Annual report on the Civil Veterinary Department, Burma (including the Insein Veterinary School) - 1932-1941
Year: 1932
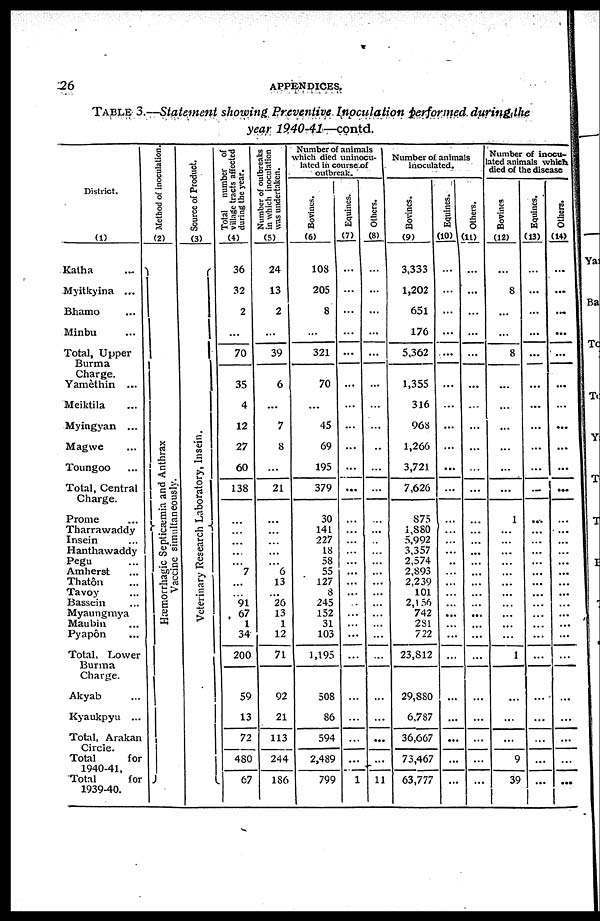
26
APPENDICES,
Table 3.—Statement showing Preventive Inoculation performed during the
year 1940-41—contd.
District.
(1)
Katha
....
Myitkyina ...
Bhamo ...
Minbu ...
Total, Upper
Burma
Charge.
Yamèthin ...
Meiktila ...
Myingyan ...
Magwe ...
Toungoo ...
Total, Central
Charge.
Prome ...
Tharrawaddy
Insein ...
Hanthawaddy
Pegu ...
Amherst ...
Thatôn ...
Tavoy ...
Bassein ...
Myaungmya
Maubin ...
Pyapôn ...
Total, Lower
Burma
Charge.
Akyab ...
Kyaukpyu ...
Total, Arakan
Circle.
Total
for
1940-41,
Total
for
1939-40.
Method of inoculation.
(2)
Hæmorrhagic Septicæmia and Anthrax
Vaccine simultaneously.
Sour c e of Product.
(3)
Veterinary Research Laboratory, Insein.
Total number of
village t r act s affected
during the year.
(4)
36
32
2
...
70
35
4
12
27
60
138
...
...
...
...
...
7
...
...
91
67
1
34
200
59
13
72
480
67
Nu mb e r of outbreaks
in which inoculation
was undertaken.
(5)
24
13
2
...
39
6
...
7
8
...
21
...
...
...
...
...
6
13
...
26
13
1
12
71
92
21
113
244
186
Number of animals
which died uninocu-
lated in course of
outbreak.
Bovi ne s .
(5)
108
205
8
...
321
70
...
45
69
195
379
30
141
227
18
58
55
127
8
245
152
31
103
1,195
508
86
594
2,489
799
Equities.
(7)
...
...
...
...
...
...
...
...
...
...
...
...
...
...
...
...
...
...
...
...
...
...
...
...
1
Ot her s .
(8)
...
...
...
...
...
...
...
...
...
...
...
...
...
...
...
...
...
...
...
...
...
...
...
...
...
...
...
...
11
Number of animals
inoculated.
Bovines.
(9)
3,333
1,202
651
176
5,362
1,355
316
968
1,266
3,721
7,626
875
1,880
5,992
3,357
2,574
2,893
2,239
101
2,156
742
281
722
23,812
29,880
6,787
36,667
73,467
63,777
Equities.
(10)
...
...
...
...
...
...
...
...
...
...
...
...
...
...
...
..
...
...
...
...
...
...
...
...
...
...
...
Ot her s .
(11)
...
...
...
...
...
...
...
...
...
...
...
...
...
...
...
...
...
...
...
...
...
...
...
...
...
...
...
...
...
Number of inocul-
ated animals which
died of the disease
Bovines
(12)
...
8
...
...
8
...
...
...
...
...
...
1
...
...
...
...
...
...
...
...
...
...
1
...
...
...
9
39
Equities.
(13)
...
...
...
...
...
...
...
...
...
...
...
...
...
...
...
...
...
...
...
...
...
...
...
...
...
...
...
...
Others.
(14)
...
...
...
...
...
...
...
...
...
...
...
...
...
...
...
...
...
...
...
...
...
...
...
...
...
...
...
...
...